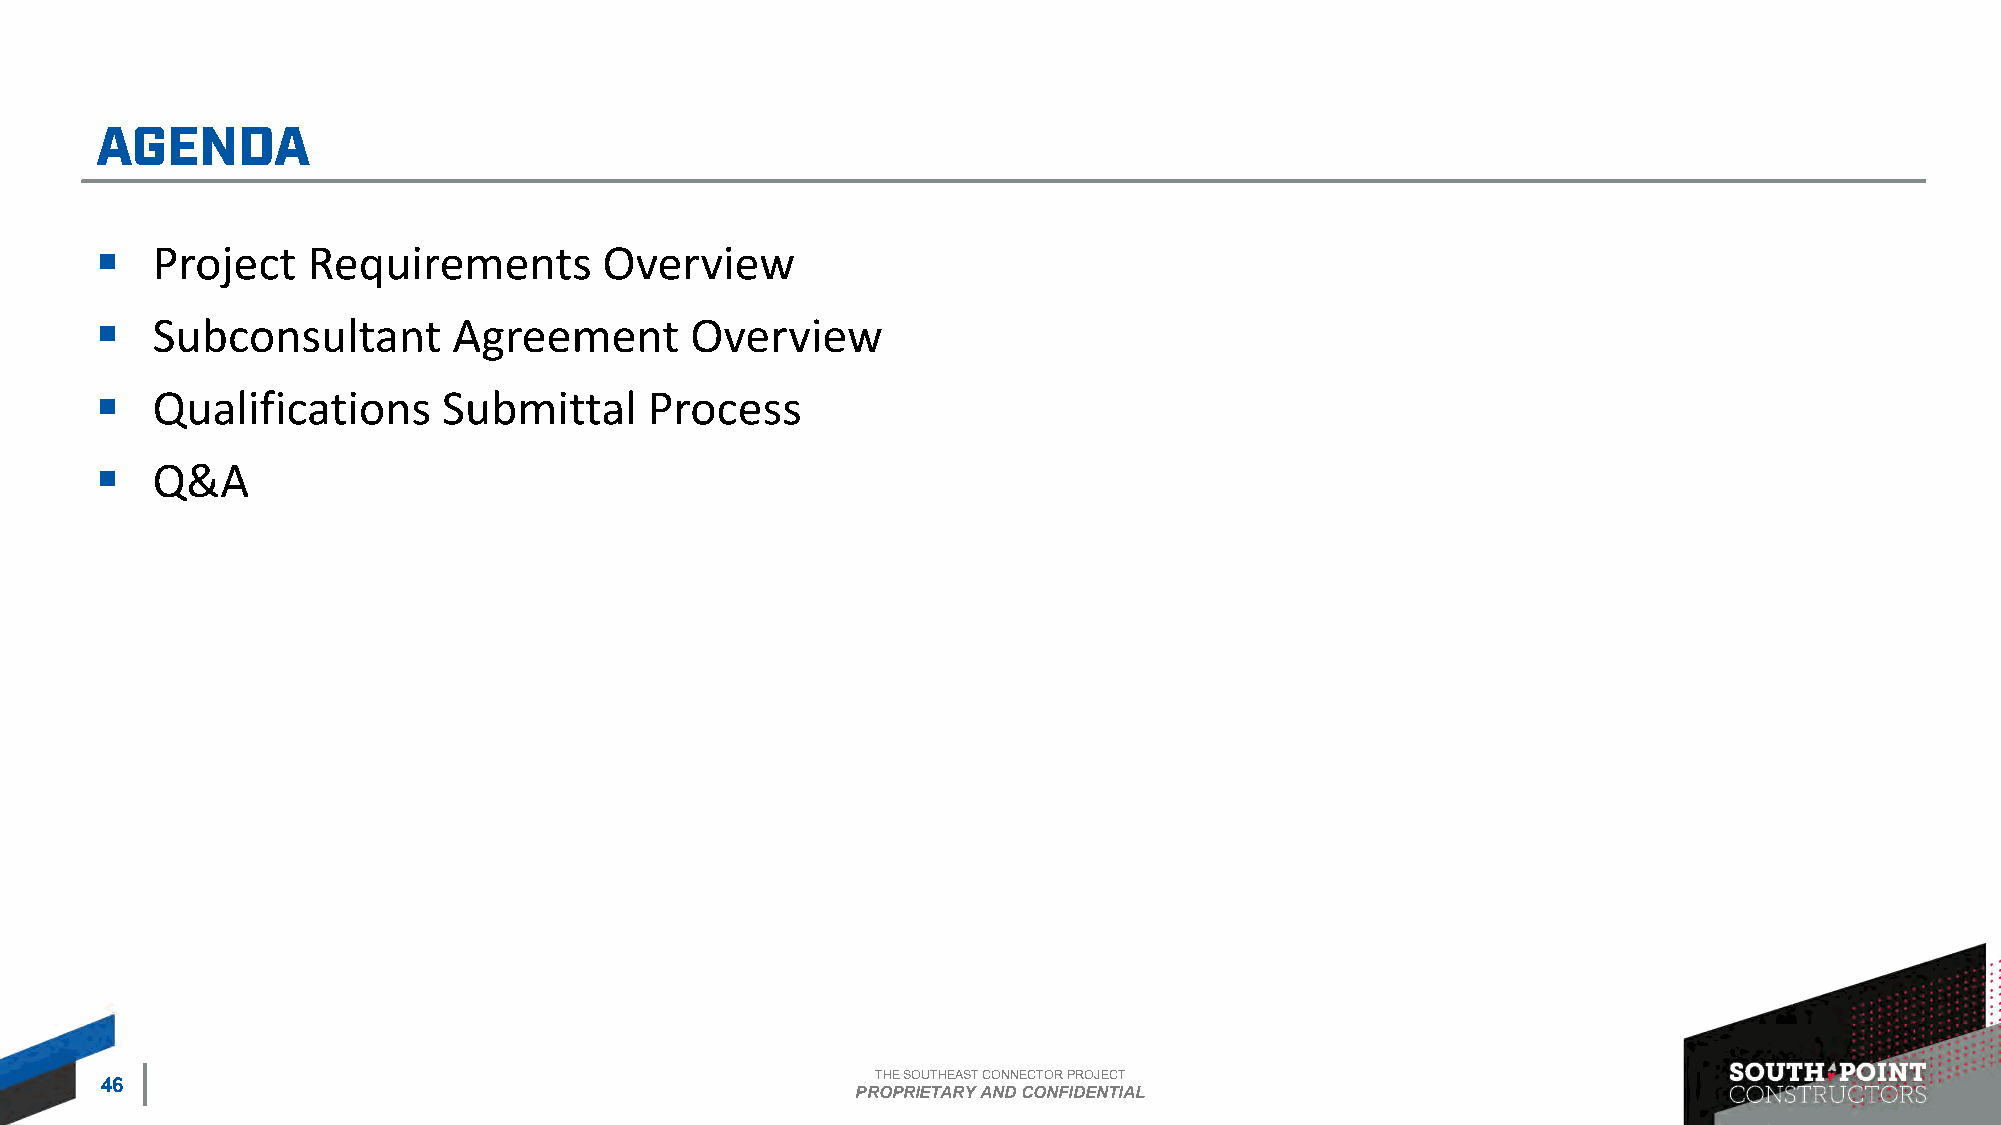
▪   Project   Requirements        Overview
 ▪   Subconsultant       Agreement       Overview
 ▪   Qualifications     Submittal     Process
 ▪   Q&A
 THE SOUTHEAST CONNECTOR PROJECT
 46
 PROPRIETARY AND CONFIDENTIAL